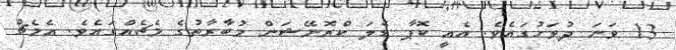
13 ވަނަ ދުވަހުގައެވެ. އެއީ ކޮޕާ ޑެލަ ކްރޮނޭޝަން މުބާރާތުގެ މެޗެއްގައެވެ. އެމެޗް